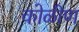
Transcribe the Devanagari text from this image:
कोळीण